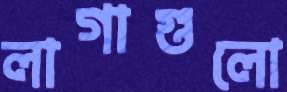
লাগাগুলো